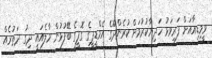
ވީމިޑިއާއަށް ފަރިވަޅު ހަދިޔާކުރުމަށް ކުރެންދޫގެ އެމްޑީޕީގެ ގޮފީގެ ބޭފުޅުން މާލެއައީ ދިގު ދަތުރެއް